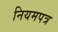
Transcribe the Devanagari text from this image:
नियमपत्र